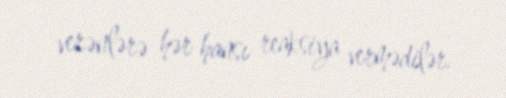
verənlərə hər hansı reaksiya vermədilər.